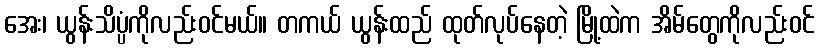
အေး၊ ယွန်းသိပ္ပံကိုလည်းဝင်မယ်။ တကယ် ယွန်းထည် ထုတ်လုပ်နေတဲ့ မြို့ထဲက အိမ်တွေကိုလည်းဝင်